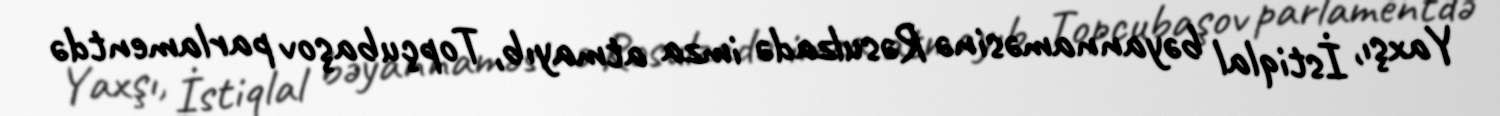
Yaxşı, İstiqlal bəyannaməsinə Rəsulzadə imza atmayıb, Topçubaşov parlamentdə